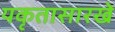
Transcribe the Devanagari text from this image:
यकृतासारखे